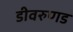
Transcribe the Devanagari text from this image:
डीवरुणड